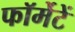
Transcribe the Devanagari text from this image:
फॉर्मेटें